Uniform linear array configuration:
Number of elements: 48
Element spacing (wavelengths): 1
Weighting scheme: exponential
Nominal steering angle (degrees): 30
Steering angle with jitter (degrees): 31.295
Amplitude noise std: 0.05
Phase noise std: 0.05

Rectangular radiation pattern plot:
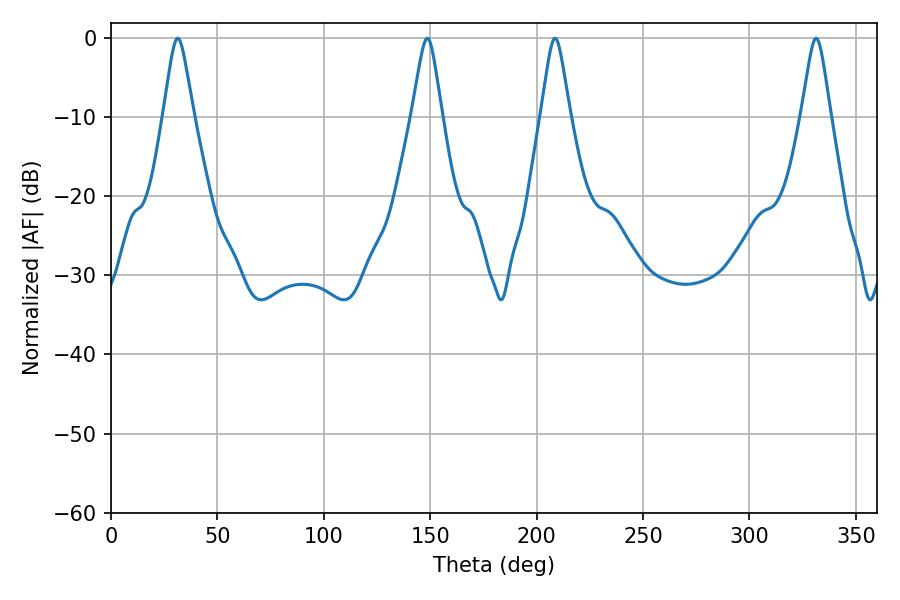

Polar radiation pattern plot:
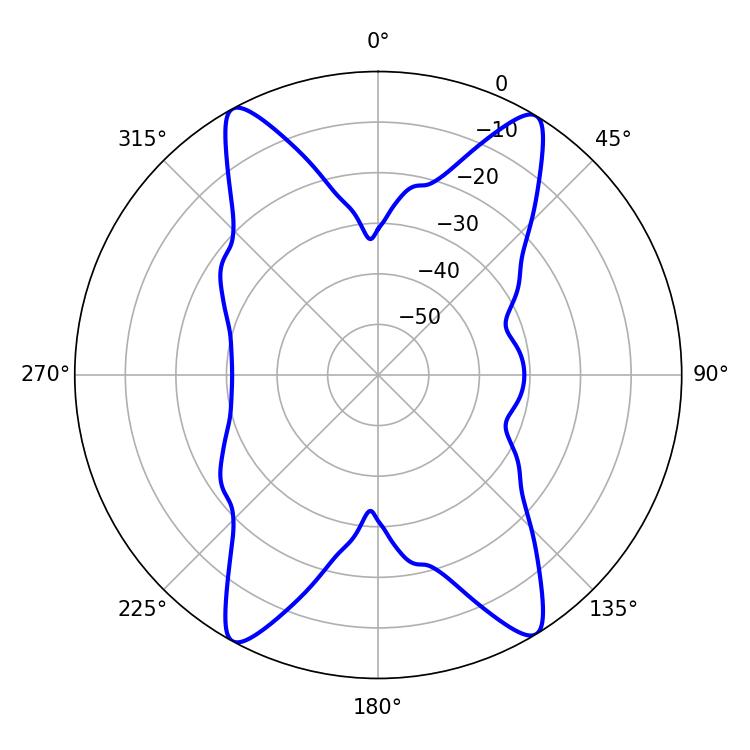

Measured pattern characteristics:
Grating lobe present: TRUE
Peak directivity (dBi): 21.684
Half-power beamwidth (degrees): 6.66
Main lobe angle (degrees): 31.32